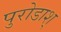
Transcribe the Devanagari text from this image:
पुरोडाश्